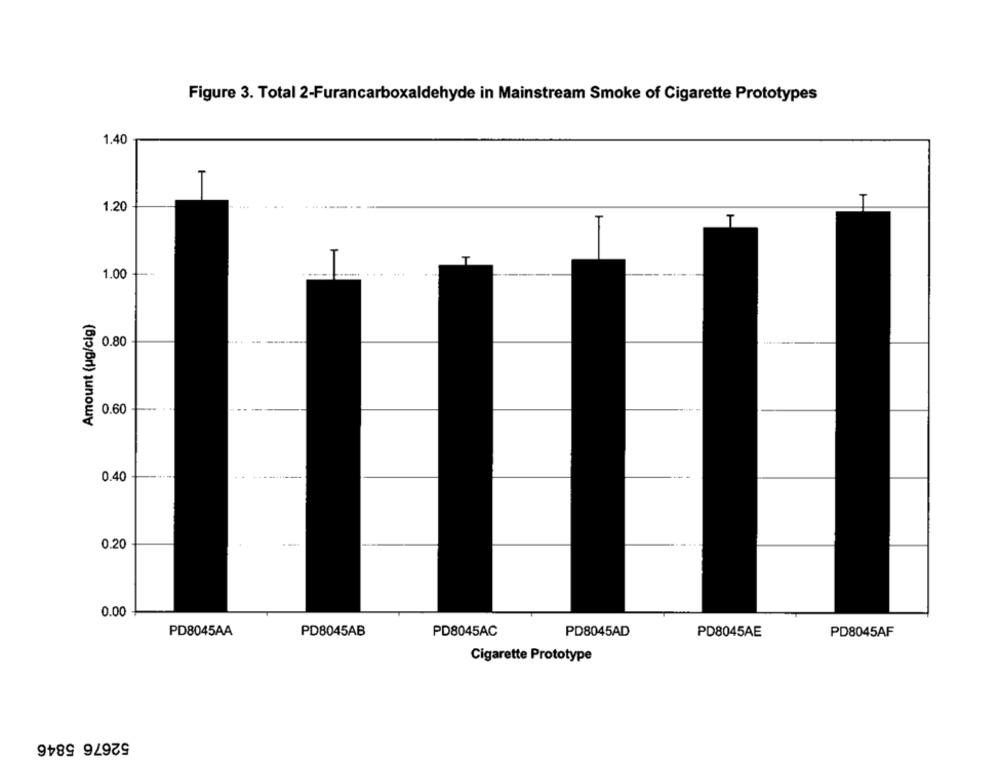
Figure 3. Total 2-Furancarboxaldehyde in Mainstream Smoke of Cigarette Prototypes
1.40
T
1.20
T
1.00
Amount (ug/cig)
0.80
-----
0.60
. ..
0.40
------
0.20
0.00
PD8045AA
PD8045AB
PD8045AC
PD8045AD
PD8045AE
PD8045AF
Cigarette Prototype
52676 5846